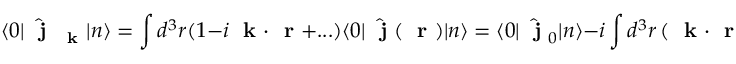
\langle 0 | \hat { \mathrm { ~ \bf ~ j ~ } } _ { \mathrm { ~ \bf ~ k ~ } } | n \rangle = \int d ^ { 3 } r ( 1 - i \mathrm { ~ \bf ~ k ~ } \cdot \mathrm { ~ \bf ~ r ~ } + . . . ) \langle 0 | \hat { \mathrm { ~ \bf ~ j ~ } } ( \mathrm { ~ \bf ~ r ~ } ) | n \rangle = \langle 0 | \hat { \mathrm { ~ \bf ~ j ~ } } _ { 0 } | n \rangle - i \int d ^ { 3 } r \, ( \mathrm { ~ \bf ~ k ~ } \cdot \mathrm { ~ \bf ~ r ~ } ) \langle 0 | \hat { \mathrm { ~ \bf ~ j ~ } } ( \mathrm { ~ \bf ~ r ~ } ) | n \rangle + . . .